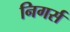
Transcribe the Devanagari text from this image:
निगर्स